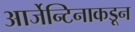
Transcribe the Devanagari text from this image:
आर्जेन्टिनाकडून